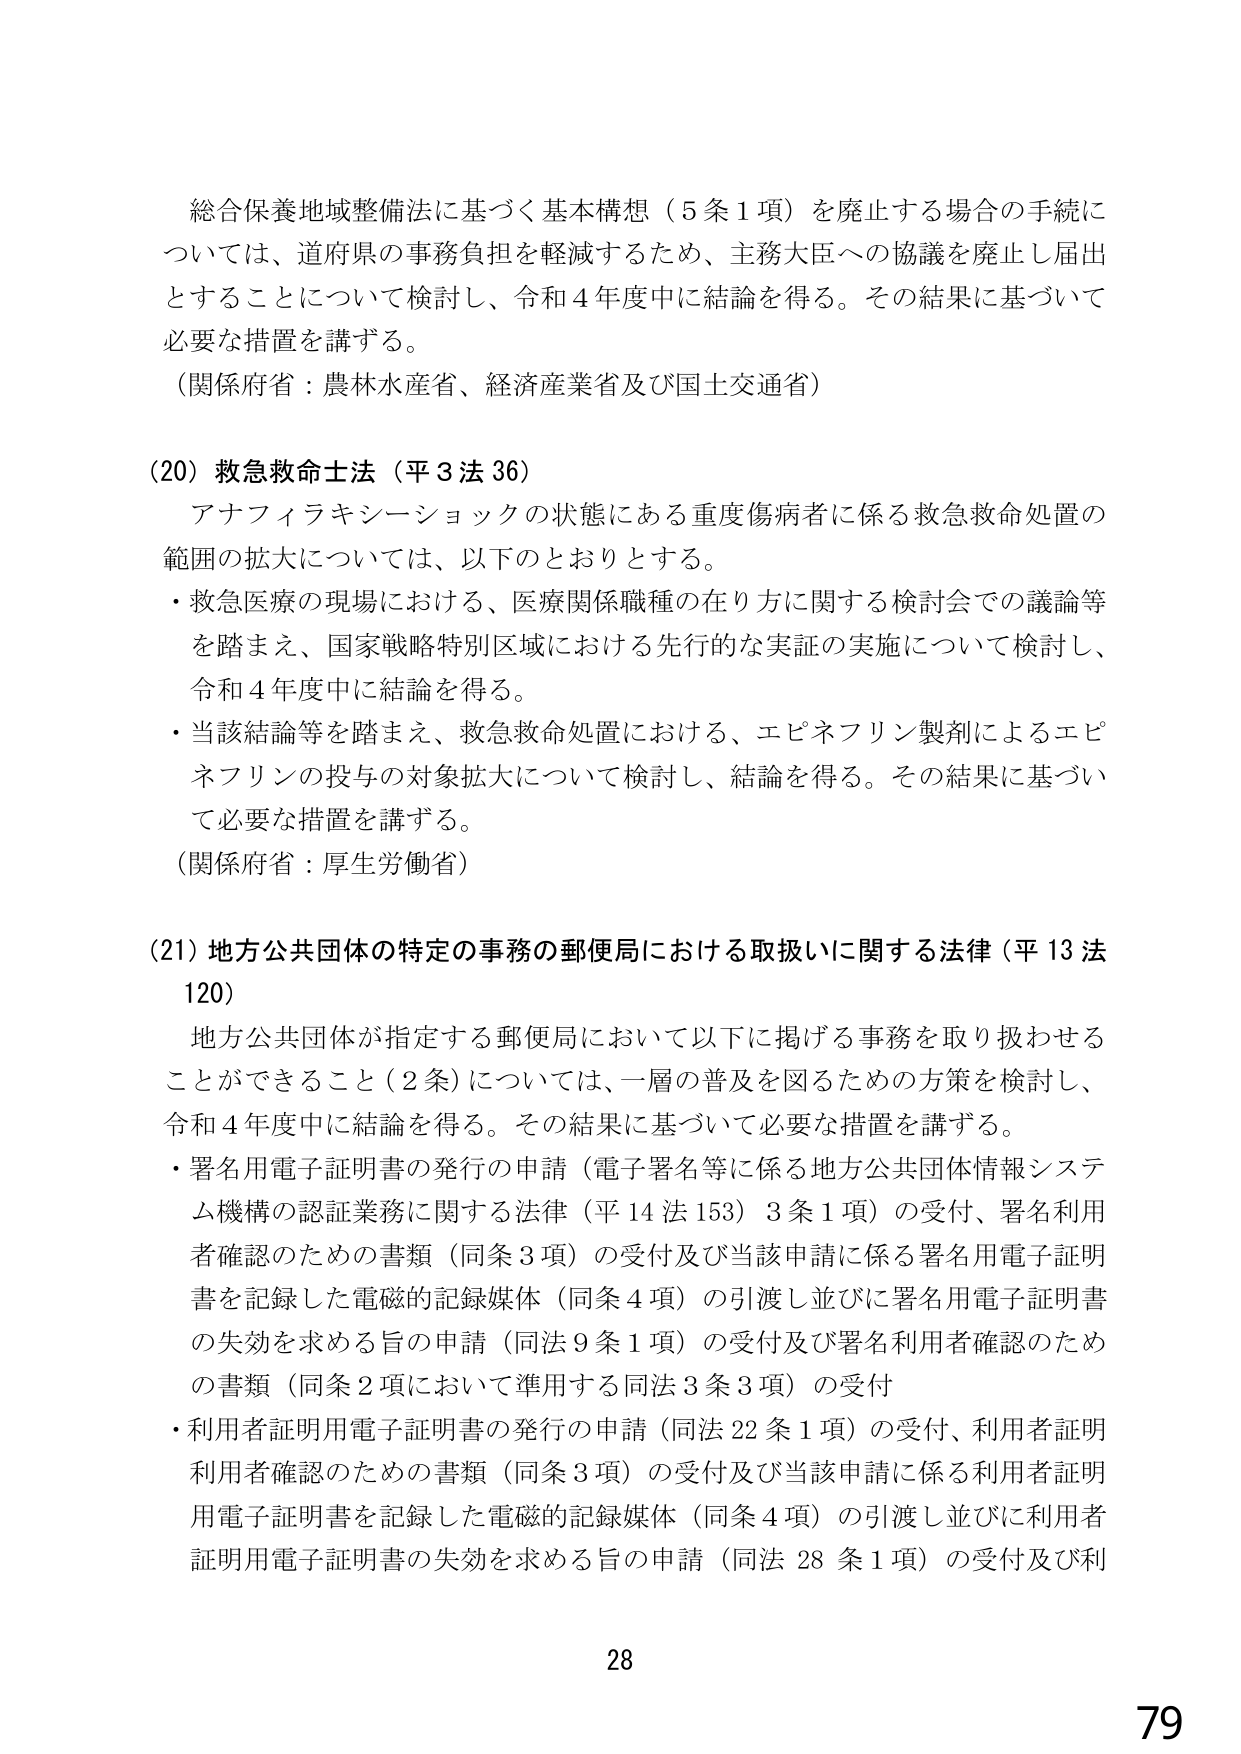
総合保養地域整備法に基づく基本構想（5条1項）を廃止する場合の手続については、道府県の事務負担を軽減するため、主務大臣への協議を廃止し届出とすることについて検討し、令和4年度中に結論を得る。その結果に基づいて必要な措置を講ずる。

（関係府省：農林水産省、経済産業省及び国土交通省）

(20) 救急救命士法（平3法36）

アナフィラキシーショックの状態にある重度傷病者に係る救急救命処置の範囲の拡大については、以下のとおりとする。

・救急医療の現場における、医療関係職種の在り方に関する検討会での議論等を踏まえ、国家戦略特別区域における先行的な実証の実施について検討し、令和4年度中に結論を得る。

・当該結論等を踏まえ、救急救命処置における、エピネフリン製剤によるエピネフリンの投与の対象拡大について検討し、結論を得る。その結果に基づいて必要な措置を講ずる。

（関係府省：厚生労働省）

(21) 地方公共団体の特定の事務の郵便局における取扱いに関する法律（平13法120）

地方公共団体が指定する郵便局において以下に掲げる事務を取り扱わせることができる（2条）については、一層の普及を図るための方策を検討し、令和4年度中に結論を得る。その結果に基づいて必要な措置を講ずる。

・署名用電子証明書の発行の申請（電子署名等に係る地方公共団体情報システム機構の認証業務に関する法律（平14法153）3条1項）の受付、署名利用者確認のための書類（同条3項）の受付及び当該申請に係る署名用電子証明書を記録した電磁的記録媒体（同条4項）の引渡し並びに署名用電子証明書の失効を求める旨の申請（同法9条1項）の受付及び署名利用者確認のための書類（同条2項において準用する同法3条3項）の受付

・利用者証明用電子証明書の発行の申請（同法22条1項）の受付、利用者証明利用者確認のための書類（同条3項）の受付及び当該申請に係る利用者証明用電子証明書を記録した電磁的記録媒体（同条4項）の引渡し並びに利用者証明用電子証明書の失効を求める旨の申請（同法28条1項）の受付及び利

28

79